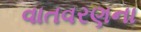
વાતવરણના